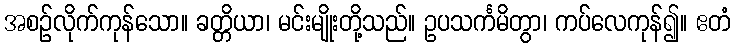
အစဉ်လိုက်ကုန်သော။ ခတ္တိယာ၊ မင်းမျိုးတို့သည်။ ဥပသင်္ကမိတွာ၊ ကပ်လေကုန်၍။ ဧတံ